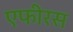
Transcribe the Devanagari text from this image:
एफीरस